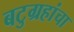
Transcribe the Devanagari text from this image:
बटुग्रहांचा